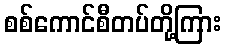
စစ်ကောင်စီတပ်တို့ကြား